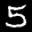
Label: 5